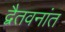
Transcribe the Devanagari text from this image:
द्वैतवनांत